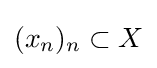
(x_{n})_{n}\subset X